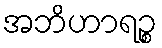
အဘိဟာရဉ္စ